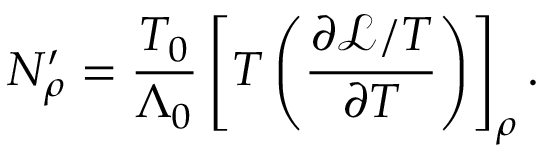
N _ { \rho } ^ { \prime } = \frac { T _ { 0 } } { \Lambda _ { 0 } } \left[ T \left( \frac { \partial \mathcal { L } / T } { \partial T } \right) \right] _ { \rho } .